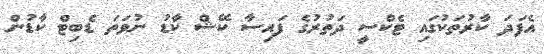
އެފަދަ ކާރުތަކުގައި ޓެކްސީ ދަތުރުގެ ފައިސާ ކޭޝް ކާޑު ނުވަތަ ޑެބިޓް ކާޑުން